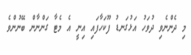
މި ދެންނެވި ދުވަހު އަޅުގަނޑު ފޫކަހާފައި އިނީ އެ މެޓާ ގަންނާން ބޭނުންވެ